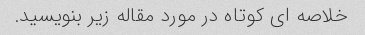
خلاصه ای کوتاه در مورد مقاله زیر بنویسید.